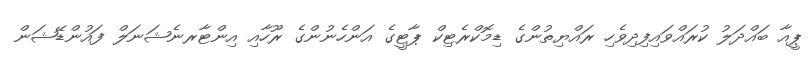
ޕީއާ ބައްދަލު ކުރައްވައިފިދިވެހި ރައްޔިތުންގެ ޑިމޮކްރެޓިކް ޕާޓީގެ އަންހެނުންގެ ރޫހާއި އިންޓާރނެޝަނަލް ފައުންޑޭޝަން